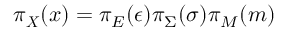
\pi _ { \boldsymbol { X } } ( \boldsymbol { x } ) = \pi _ { E } ( \epsilon ) \pi _ { \Sigma } ( \sigma ) \pi _ { M } ( m )